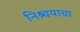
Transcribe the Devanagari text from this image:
निश्र्चयाचा